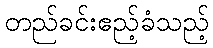
တည်ခင်းဧည့်ခံသည့်